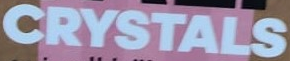
CRYSTALS